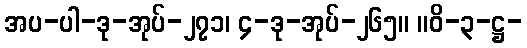
အပ-ပါ-ဒု-အုပ်-၂၇၁၊ ၄-ဒု-အုပ်-၂၆၅။ ။ဝိ-၃-ဋ္ဌ-